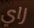
زاي